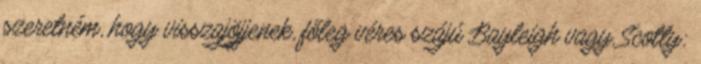
szeretném, hogy visszajöjjenek, főleg véres szájú Bayleigh vagy Scotty: